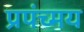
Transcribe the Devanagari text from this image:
प्रपंच्मय